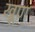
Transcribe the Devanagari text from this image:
खूण्